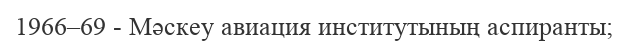
1966–69 - Мәскеу авиация институтының аспиранты;